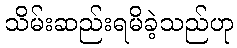
သိမ်းဆည်းရမိခဲ့သည်ဟု